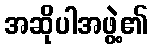
အဆိုပါအဖွဲ့၏